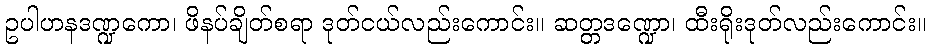
ဥပါဟနဒဏ္ဍကော၊ ဖိနပ်ချိတ်စရာ ဒုတ်ငယ်လည်းကောင်း။ ဆတ္တဒဏ္ဍော၊ ထီးရိုးဒုတ်လည်းကောင်း။